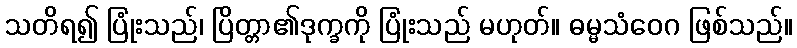
သတိရ၍ ပြုံးသည်၊ ပြိတ္တာ၏ဒုက္ခကို ပြုံးသည် မဟုတ်။ ဓမ္မသံဝေဂ ဖြစ်သည်။